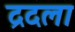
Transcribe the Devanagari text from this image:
द्रदला